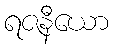
ရဇနီယော